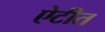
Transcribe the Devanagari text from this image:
ऐटीत